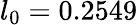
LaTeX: l_{0}=0.2549